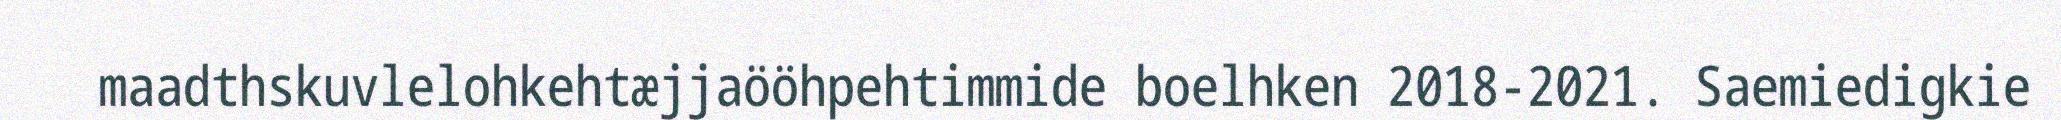
maadthskuvlelohkehtæjjaööhpehtimmide boelhken 2018-2021. Saemiedigkie